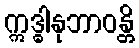
ဣဒ္ဓါနုဘာဝန္တိ